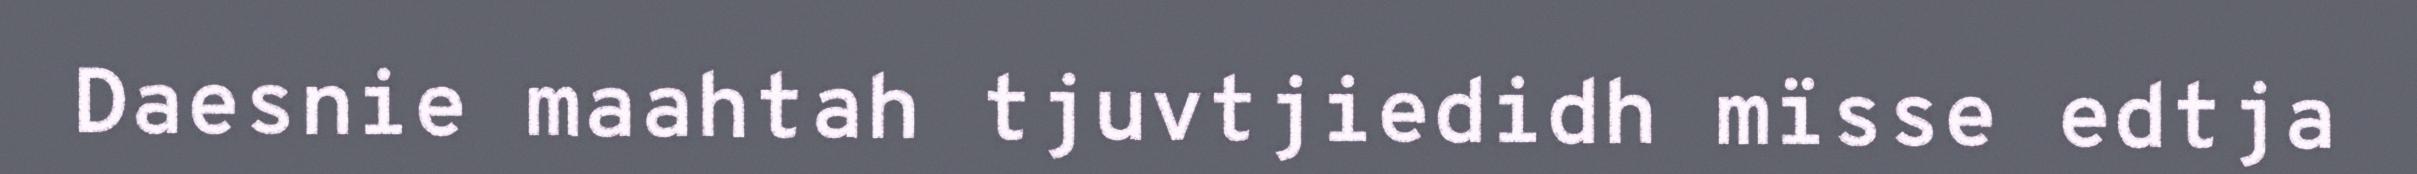
Daesnie maahtah tjuvtjiedidh mïsse edtja